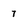
Character: 7